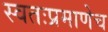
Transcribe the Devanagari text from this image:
स्वतःप्रमाणेच